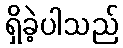
ရှိခဲ့ပါသည်